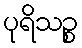
ပုရိသဉ္စ